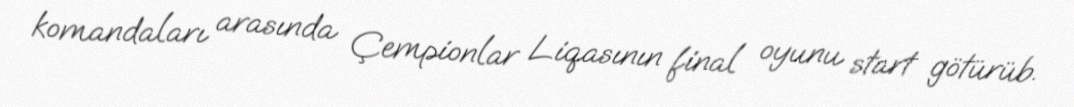
komandaları arasında Çempionlar Liqasının final oyunu start götürüb.